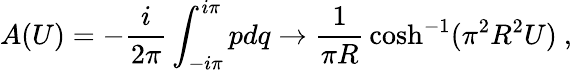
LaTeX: A(U)=-{\frac{i}{2\pi}}\int_{-i\pi}^{i\pi}pdq\rightarrow{\frac{1}{\pi R}}\cosh^{-1}(\pi^{2}R^{2}U)\ ,